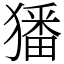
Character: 㺕